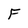
Character: F